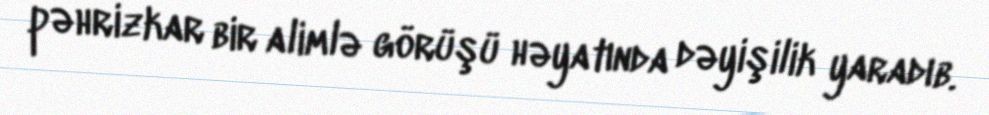
pəhrizkar bir alimlə görüşü həyatında dəyişilik yaradıb.